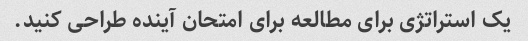
یک استراتژی برای مطالعه برای امتحان آینده طراحی کنید.